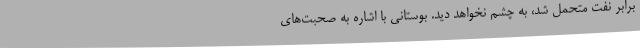
برابر نفت متحمل شد، به چشم نخواهد دید. بوستانی با اشاره به صحبت‌های